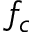
f _ { c }